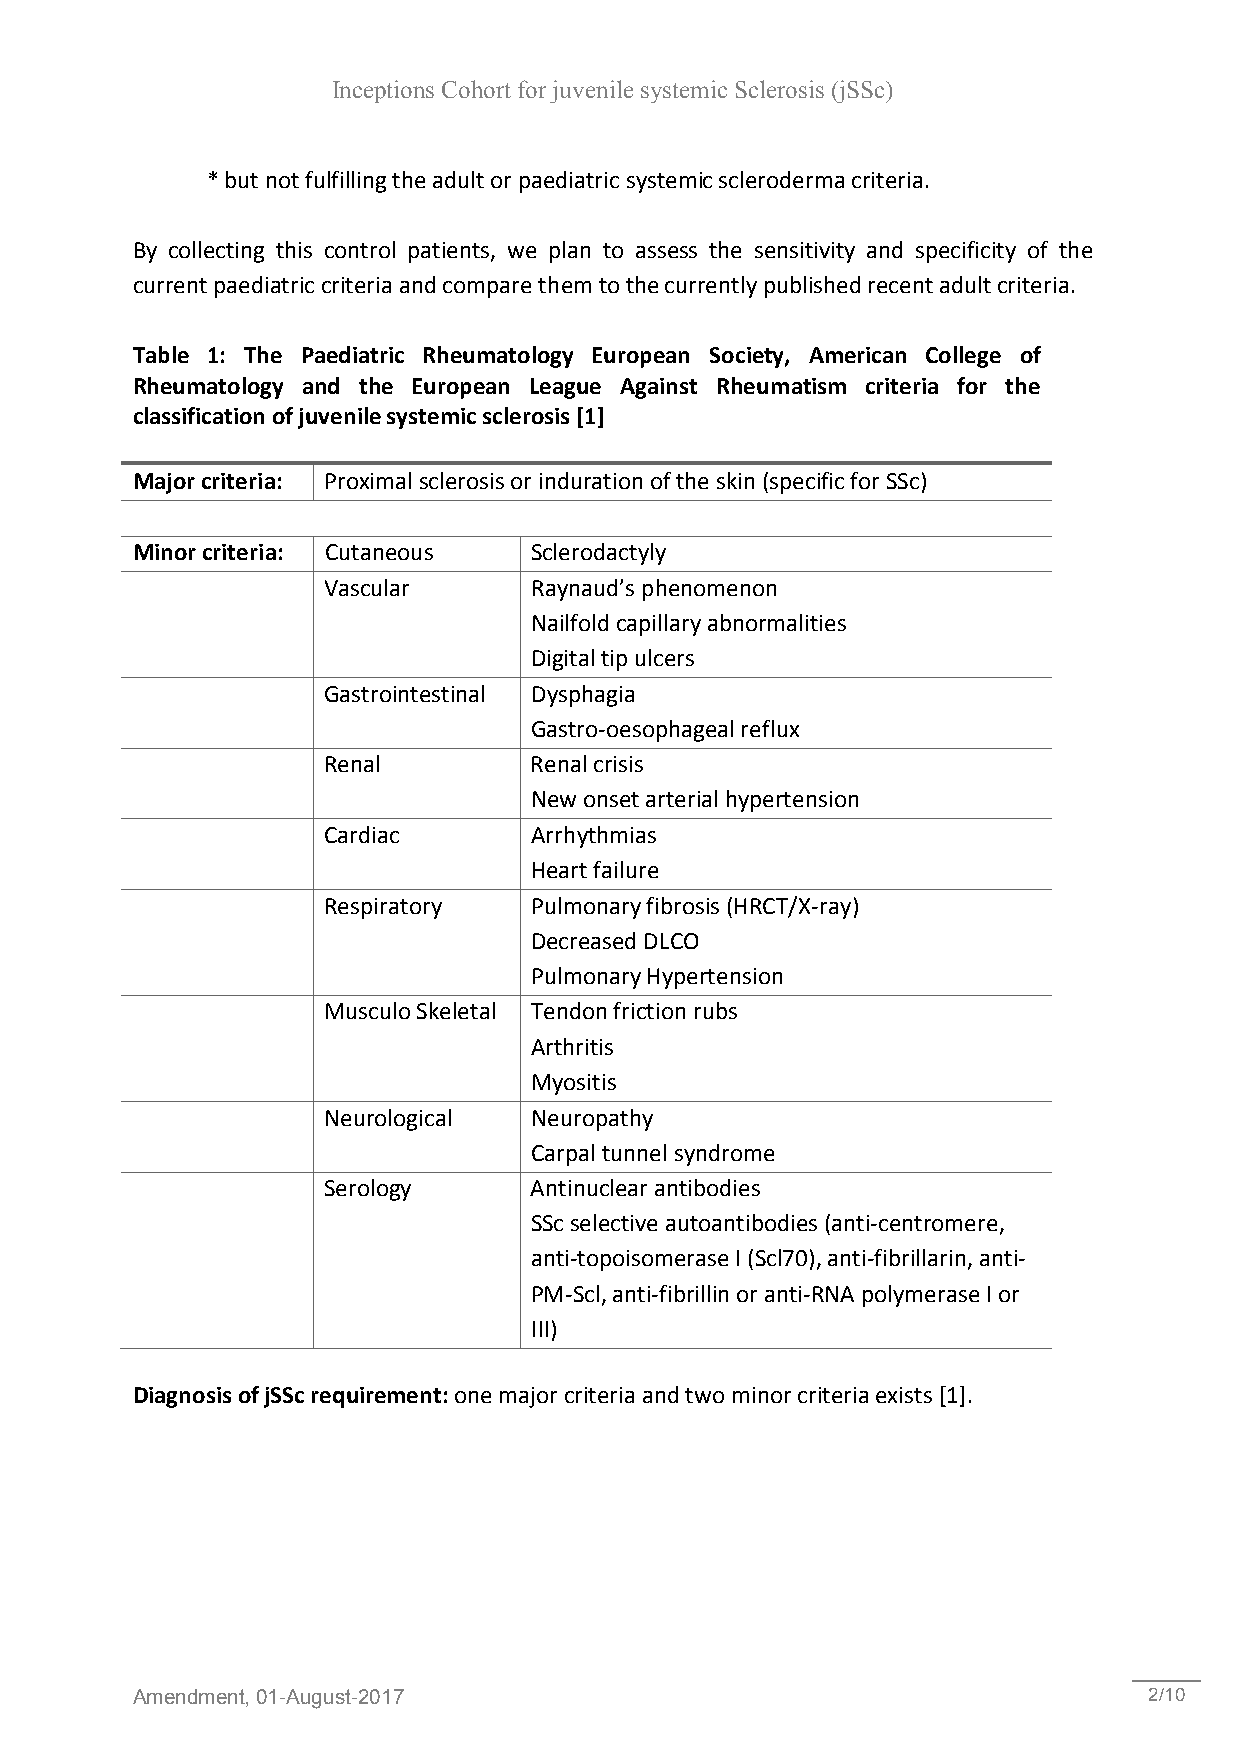
Inceptions Cohort for juvenile systemic Sclerosis (jSSc)
 * but not fulfilling the adult or paediatric systemic scleroderma criteria.
 By collecting this control patients, we plan to assess the sensitivity and specificity of the
 current paediatric criteria and compare them to the currently published recent adult criteria.
 Table 1: The Paediatric Rheumatology European Society, American College of
 Rheumatology and the European League Against Rheumatism criteria for the
 classification of juvenile systemic sclerosis [1]
 Major criteria: Proximal sclerosis or induration of the skin (specific for SSc)
 Minor criteria: Cutaneous Sclerodactyly
 Vascular      Raynaud’s phenomenon
 Nailfold capillary abnormalities
 Digital tip ulcers
 Gastrointestinal Dysphagia
 Gastro-oesophageal reflux
 Renal         Renal crisis
 New onset arterial hypertension
 Cardiac       Arrhythmias
 Heart failure
 Respiratory   Pulmonary fibrosis (HRCT/X-ray)
 Decreased DLCO
 Pulmonary Hypertension
 Musculo Skeletal Tendon friction rubs
 Arthritis
 Myositis
 Neurological  Neuropathy
 Carpal tunnel syndrome
 Serology      Antinuclear antibodies
 SSc selective autoantibodies (anti-centromere,
 anti-topoisomerase I (Scl70), anti-fibrillarin, anti-
 PM-Scl, anti-fibrillin or anti-RNA polymerase I or
 III)
 Diagnosis of jSSc requirement: one major criteria and two minor criteria exists [1].
 Amendment, 01-August-2017                                          2/10